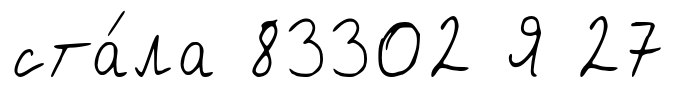
ста́ла 83302 Я 27